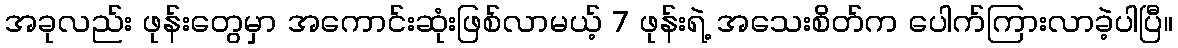
အခုလည်း ဖုန်းတွေမှာ အကောင်းဆုံးဖြစ်လာမယ့် 7 ဖုန်းရဲ့ အသေးစိတ်က ပေါက်ကြားလာခဲ့ပါပြီ။